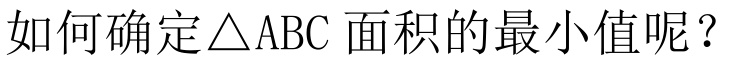
如何确定$\triangle \text{ABC}$面积的最小值呢？